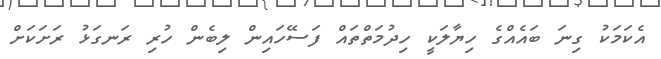
އެކަމަކު ގިނަ ބައެއްގެ ހިޔާލަކީ ހިދުމަތްތައް ފަސޭހައިން ލިބެން ހުރި ރަނގަޅު ރަށަކަށް